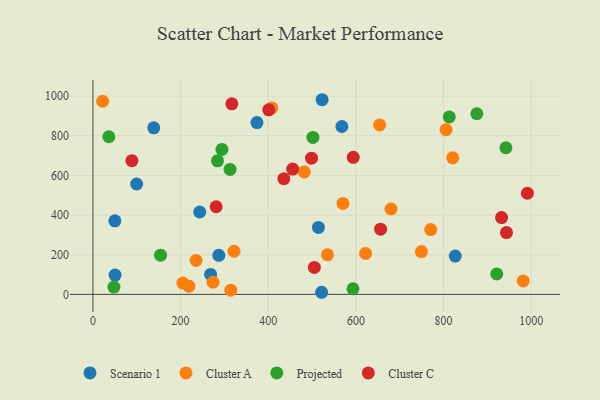
{"axis": {"x": "Experience", "y": "Exam Score"}, "legend": ["Cluster A", "Cluster C", "Projected", "Scenario 1"], "data": [{"x": "514.5", "y": 337.8, "type": "Scenario 1"}, {"x": "522.9", "y": 982.0, "type": "Scenario 1"}, {"x": "287.2", "y": 196.9, "type": "Scenario 1"}, {"x": "568.0", "y": 846.8, "type": "Scenario 1"}, {"x": "99.7", "y": 556.9, "type": "Scenario 1"}, {"x": "50.5", "y": 97.5, "type": "Scenario 1"}, {"x": "243.7", "y": 415.5, "type": "Scenario 1"}, {"x": "521.8", "y": 10.5, "type": "Scenario 1"}, {"x": "268.4", "y": 100.4, "type": "Scenario 1"}, {"x": "50.0", "y": 371.0, "type": "Scenario 1"}, {"x": "826.6", "y": 193.1, "type": "Scenario 1"}, {"x": "138.8", "y": 840.2, "type": "Scenario 1"}, {"x": "374.2", "y": 866.6, "type": "Scenario 1"}, {"x": "205.2", "y": 56.8, "type": "Cluster A"}, {"x": "805.7", "y": 831.0, "type": "Cluster A"}, {"x": "321.9", "y": 217.5, "type": "Cluster A"}, {"x": "408.0", "y": 940.5, "type": "Cluster A"}, {"x": "981.7", "y": 67.7, "type": "Cluster A"}, {"x": "820.8", "y": 689.1, "type": "Cluster A"}, {"x": "622.1", "y": 206.6, "type": "Cluster A"}, {"x": "749.5", "y": 215.9, "type": "Cluster A"}, {"x": "570.4", "y": 458.6, "type": "Cluster A"}, {"x": "22.1", "y": 974.2, "type": "Cluster A"}, {"x": "680.1", "y": 430.7, "type": "Cluster A"}, {"x": "235.4", "y": 170.8, "type": "Cluster A"}, {"x": "770.8", "y": 327.1, "type": "Cluster A"}, {"x": "274.0", "y": 61.1, "type": "Cluster A"}, {"x": "654.2", "y": 855.1, "type": "Cluster A"}, {"x": "482.1", "y": 617.4, "type": "Cluster A"}, {"x": "535.1", "y": 199.4, "type": "Cluster A"}, {"x": "219.0", "y": 41.2, "type": "Cluster A"}, {"x": "314.5", "y": 20.9, "type": "Cluster A"}, {"x": "942.3", "y": 739.8, "type": "Projected"}, {"x": "813.0", "y": 895.0, "type": "Projected"}, {"x": "47.9", "y": 36.5, "type": "Projected"}, {"x": "875.9", "y": 911.3, "type": "Projected"}, {"x": "284.2", "y": 673.6, "type": "Projected"}, {"x": "294.3", "y": 731.2, "type": "Projected"}, {"x": "502.0", "y": 791.9, "type": "Projected"}, {"x": "312.9", "y": 630.2, "type": "Projected"}, {"x": "154.3", "y": 197.6, "type": "Projected"}, {"x": "36.3", "y": 795.2, "type": "Projected"}, {"x": "593.3", "y": 27.9, "type": "Projected"}, {"x": "921.4", "y": 102.9, "type": "Projected"}, {"x": "498.7", "y": 687.3, "type": "Cluster C"}, {"x": "401.1", "y": 930.9, "type": "Cluster C"}, {"x": "316.9", "y": 961.1, "type": "Cluster C"}, {"x": "593.9", "y": 691.2, "type": "Cluster C"}, {"x": "435.6", "y": 583.6, "type": "Cluster C"}, {"x": "656.3", "y": 328.9, "type": "Cluster C"}, {"x": "943.5", "y": 311.7, "type": "Cluster C"}, {"x": "505.2", "y": 136.0, "type": "Cluster C"}, {"x": "88.9", "y": 674.5, "type": "Cluster C"}, {"x": "932.3", "y": 387.5, "type": "Cluster C"}, {"x": "991.2", "y": 510.0, "type": "Cluster C"}, {"x": "455.7", "y": 632.3, "type": "Cluster C"}, {"x": "281.1", "y": 442.0, "type": "Cluster C"}]}